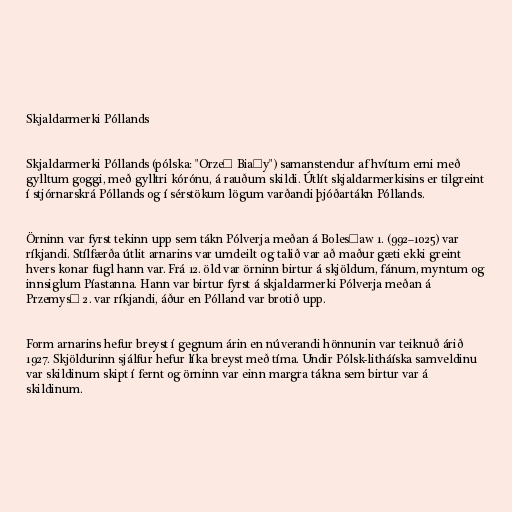
Skjaldarmerki Póllands

Skjaldarmerki Póllands (pólska: "Orzeł Biały") samanstendur af hvítum erni með
gylltum goggi, með gylltri kórónu, á rauðum skildi. Útlít skjaldarmerkisins er tilgreint
í stjórnarskrá Póllands og í sérstökum lögum varðandi þjóðartákn Póllands.

Örninn var fyrst tekinn upp sem tákn Pólverja meðan á Bolesław 1. (992–1025) var
ríkjandi. Stílfærða útlit arnarins var umdeilt og talið var að maður gæti ekki greint
hvers konar fugl hann var. Frá 12. öld var örninn birtur á skjöldum, fánum, myntum og
innsiglum Píastanna. Hann var birtur fyrst á skjaldarmerki Pólverja meðan á
Przemysł 2. var ríkjandi, áður en Pólland var brotið upp.

Form arnarins hefur breyst í gegnum árin en núverandi hönnunin var teiknuð árið
1927. Skjöldurinn sjálfur hefur líka breyst með tíma. Undir Pólsk-litháíska samveldinu
var skildinum skipt í fernt og örninn var einn margra tákna sem birtur var á
skildinum.